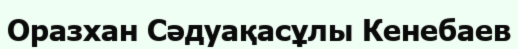
Оразхан Сәдуақасұлы Кенебаев